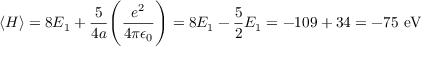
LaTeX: \langle H \rangle = 8 E _ { 1 } + { \frac { 5 } { 4 a } } { \Bigg ( } { \frac { e ^ { 2 } } { 4 \pi \epsilon _ { 0 } } } { \Bigg ) } = 8 E _ { 1 } - { \frac { 5 } { 2 } } E _ { 1 } = - 1 0 9 + 3 4 = - 7 5 { \mathrm { ~ e V } }